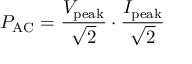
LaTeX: P _ { \mathrm { A C } } = { \frac { V _ { \mathrm { p e a k } } } { \sqrt { 2 } } } \cdot { \frac { I _ { \mathrm { p e a k } } } { \sqrt { 2 } } }